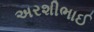
અરશીભાઈ